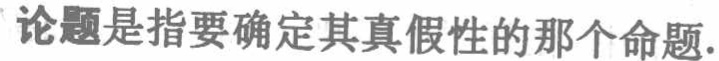
论题是指要确定其真假性的那个命题.